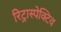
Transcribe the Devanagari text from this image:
रिट्रास्पेक्टिव